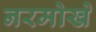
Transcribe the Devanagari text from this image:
नरमोखे